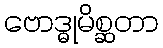
ဗောဒ္ဓုမိစ္ဆတာ